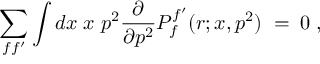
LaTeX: \sum _ { f f ^ { \prime } } \int d x \; x \; p ^ { 2 } \frac { \partial } { \partial p ^ { 2 } } { \cal P } _ { f } ^ { f ^ { \prime } } ( r ; x , p ^ { 2 } ) \; = \; 0 \; ,